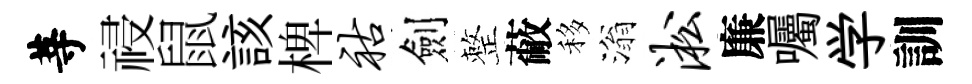
䓁祲鼠該椑祜劍整蔽移滃淞廉囑学訓